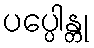
ပပ္ပေါန္တု